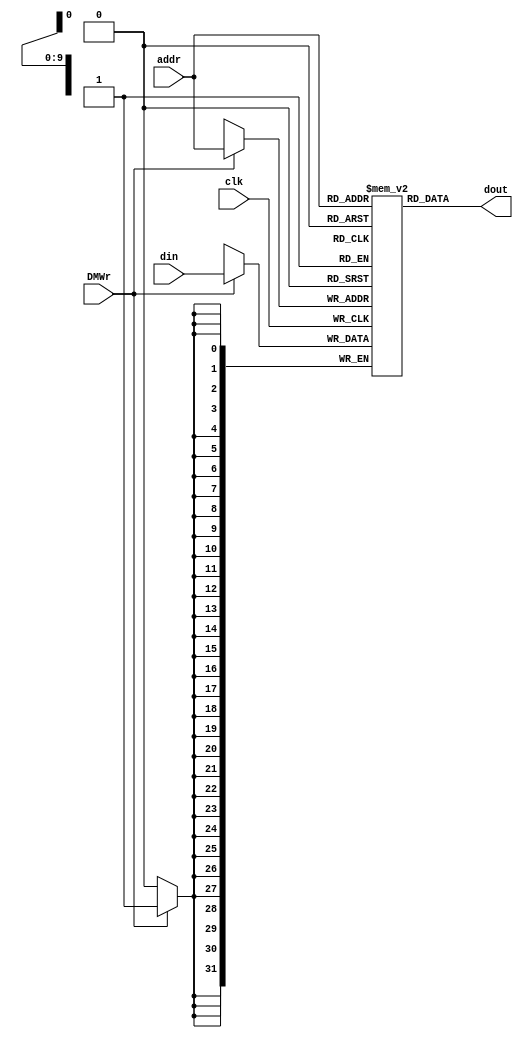
module dm_4k( addr, din, DMWr, clk, dout );
   
   input  [11:2] addr;
   input  [31:0] din;
   //input  [3:0]  be;		          //write type define signal
   input         DMWr;
   input         clk;
   output [31:0] dout;
     
   reg [31:0] dmem[1023:0];     //1024 units data mem
   
   always @(negedge clk) begin
      if (DMWr) begin
		  
			 dmem[addr] <= din;
			 
		  
	  end
   end // end always
   
   assign dout = dmem[addr];
    
endmodule